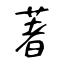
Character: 著